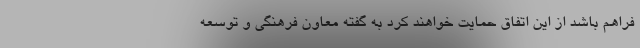
فراهم باشد از این اتفاق حمایت خواهند کرد به گفته معاون فرهنگی و توسعه